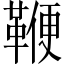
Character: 鞭